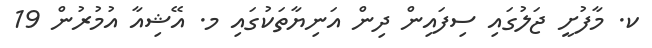
ކ. މާފުށީ ޖަލުގައި ސިފައިން ދިން އަނިޔާތަކުގައި މ. އޭޝިއާ އުމުރުން 19